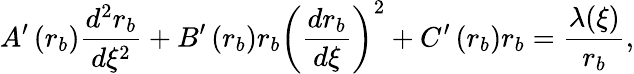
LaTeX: A^{\prime}\left(r_{b}\right)\frac{d^{2}r_{b}}{d\xi^{2}}+B^{\prime}\left(r_{b}\right)r_{b}\left(\frac{dr_{b}}{d\xi}\right)^{2}+C^{\prime}\left(r_{b}\right)r_{b}=\frac{\lambda(\xi)}{r_{b}},